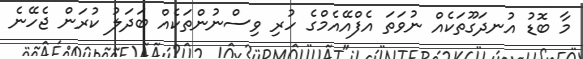
މާ ބޮޑު އުނދަގޫތަކެއް ނުވަތަ އެފްއޭއެމްގެ ހުރި ވިސްނުންތަކެއް ބަދަލު ކުރަން ޖެހޭނެ